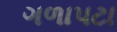
ગળાપટા